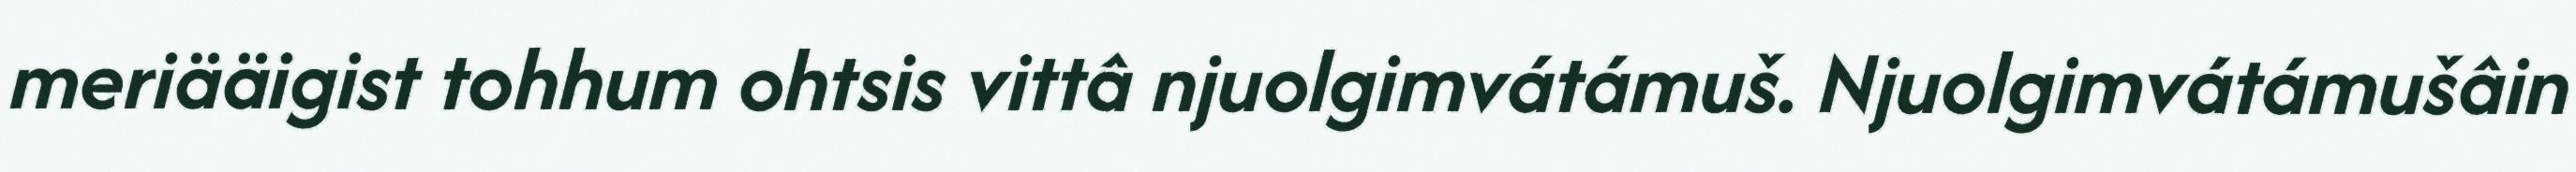
meriääigist tohhum ohtsis vittâ njuolgimvátámuš. Njuolgimvátámušâin